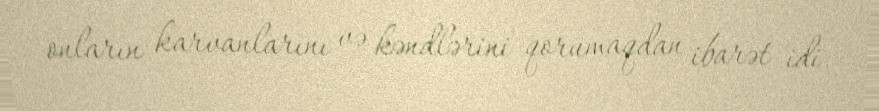
onların karvanlarını və kəndlərini qorumaqdan ibarət idi.